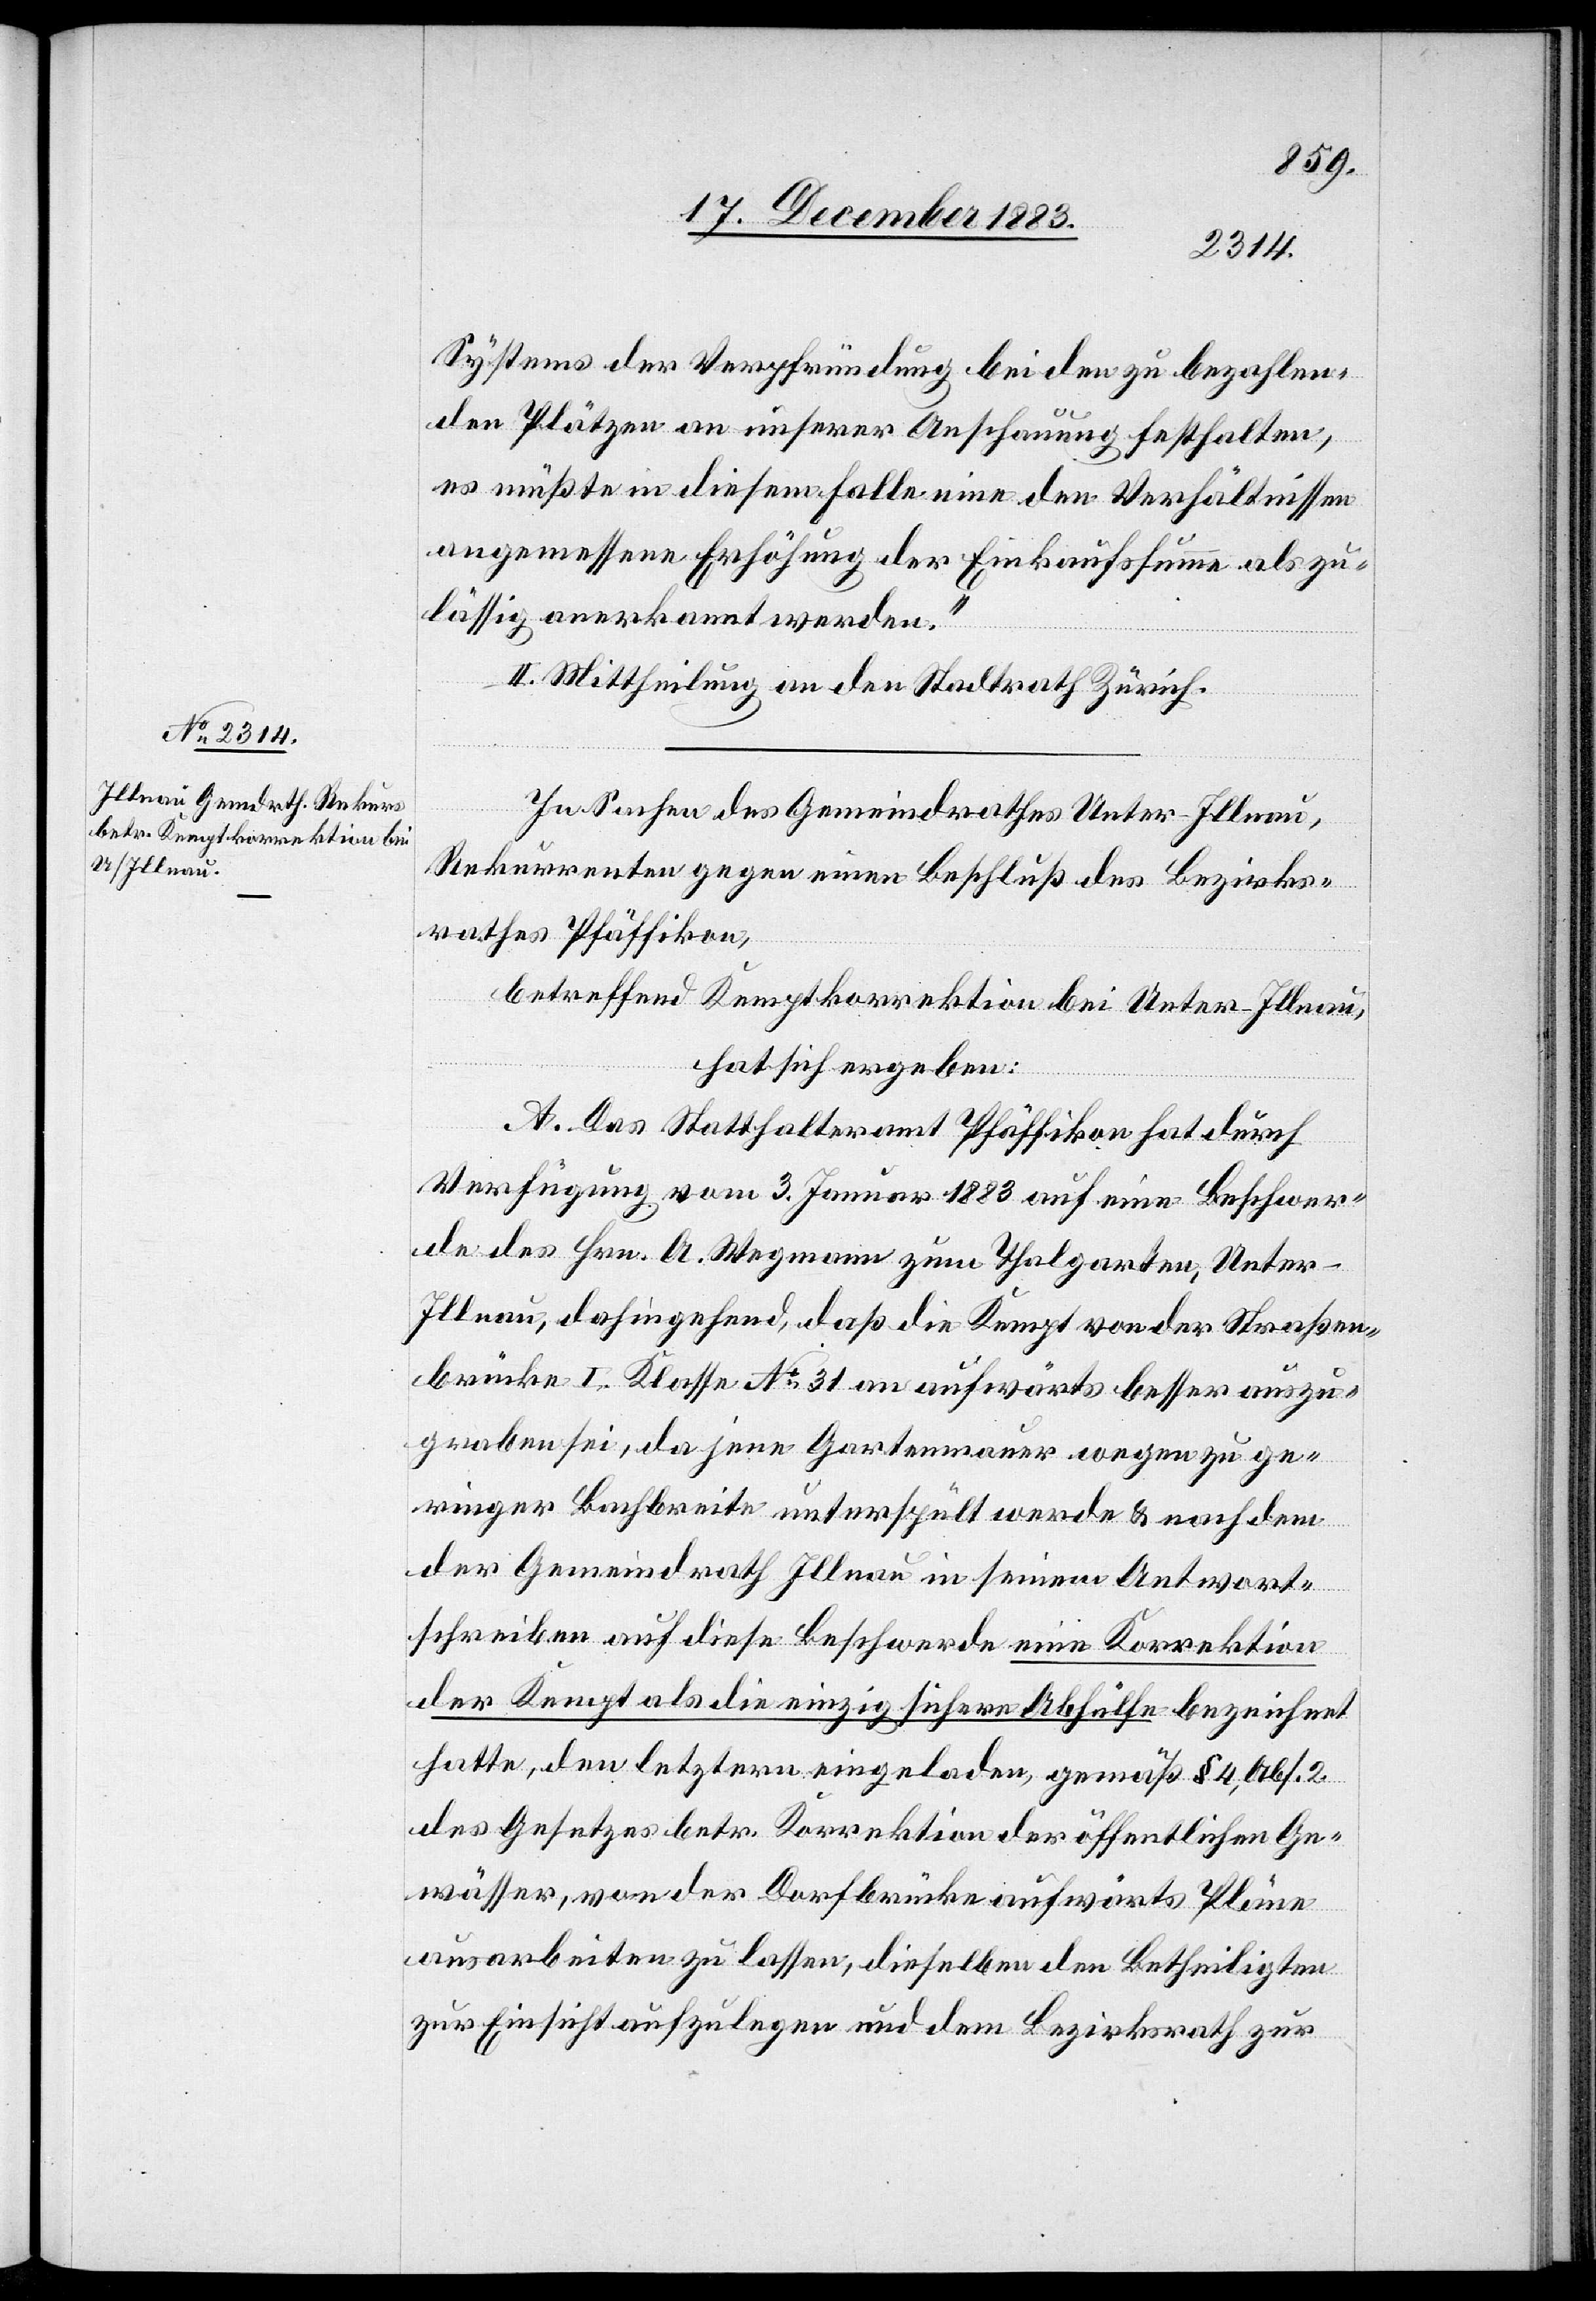
Systems der Verpfründung bei den zu bezahlen¬
den Plätzen an unserer Anschauung festhalten,
es müßte in diesem Falle eine den Verhältnissen
angemessene Erhöhung der Einkaufssumme als zu¬
lässig anerkannt werden.“
II. Mittheilung an den Stadtrath Zürich.
In Sachen des Gemeindrathes Unter-Illnau,
Rekurrenten gegen einen Beschluß des Bezirks¬
rathes Pfäffikon,
betreffend Kemptkorrektion bei Unter-Illnau,
hat sich ergeben:
A. Das Statthalteramt Pfäffikon hat durch
Verfügung vom 3. Januar 1883 auf eine Beschwer¬
de des Hrn. A. Wegmann zum Thalgarten, Unter-I¬
llnau, dahingehend, daß die Kempt von der Straßen¬
brücke I. Klasse No 31 an aufwärts besser auszu¬
graben sei, da jene Gartenmauer wegen zu ge¬
ringer Bachbreite unterspült werde & nachdem
der Gemeindrath Illnau in seinem Antwort¬
schreiben auf diese Beschwerde eine Korrektion
der Kempt als die einzig sichere Abhülfe bezeichnet
hatte, den letztern eingeladen, gemäß § 4, Abs. 2
des Gesetzes betr. Korrektion der öffentlichen Ge¬
wässer, von der Dorfbrücke aufwärts Pläne
ausarbeiten zu lassen, dieselben den Betheiligten
zur Einsicht aufzulegen und dem Bezirksrath zur